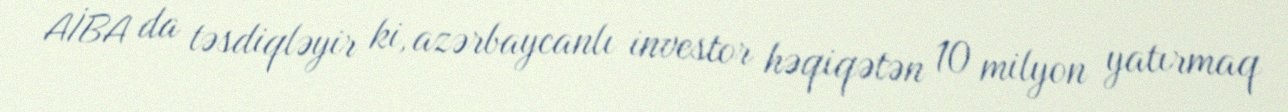
AİBA da təsdiqləyir ki, azərbaycanlı investor həqiqətən 10 milyon yatırmaq